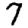
Digit: 7